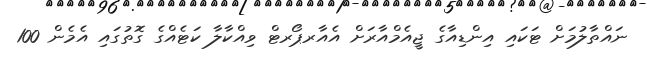
ނައްތާލުމަށް ޓަކައި އިންޑިއާގެ ޖީއެމްއާރަށް އެއާރޕޯރޓް ވިއްކާލާ ކަޓެއްގެ ގޮތުގައި އެމެން 100